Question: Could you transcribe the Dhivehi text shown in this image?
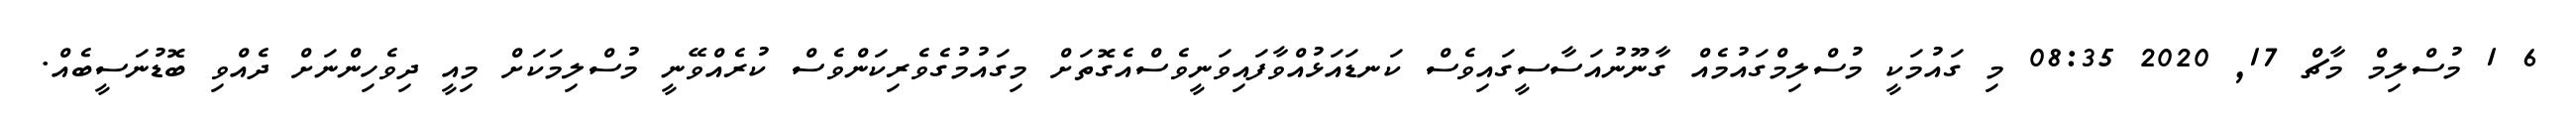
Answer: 6 1 މުސްލިމް މާޗް 17, 2020 08:35 މި ގައުމަކީ މުސްލިމްގައުމެއް ގާނޫނުއަސާސީގައިވެސް ކަނޑައަޅުއްވާފައިވަނީވެސްއެގޮތަށް މިގައުމުގެވެރިކަންވެސް ކުރެއްވޭނީ މުސްލިމަކަށް މިއީ ދިވެހިންނަށް ދެއްވި ބޮޑުނަސީބެއް.